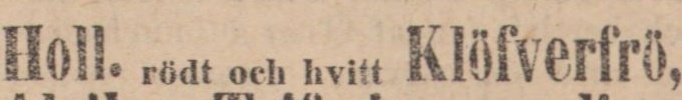
Holl. rödt och hvitt Klöfverfrö,